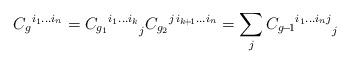
LaTeX: \begin{align*}{C_g}^{i_1 ... i_n} = {{C_{g_1}}^{i_1 ... i_k}}_{j}{C_{g_2}}^{j \, i_{k \! + \! 1} ... i_n} = \sum_{j}{{C_{g \! - \! 1}}^{i_1 ... i_n j}}_{j}\end{align*}